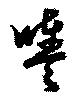
輿